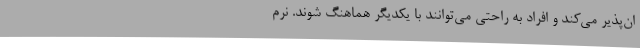
ان‌پذیر می‌کند و افراد به راحتی می‌توانند با یکدیگر هماهنگ شوند. نرم